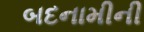
બદનામીની